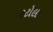
રટોલા